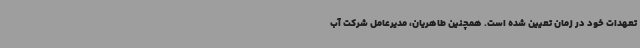
تعهدات خود در زمان تعیین شده است. همچنین طاهریان، مدیرعامل شرکت آب